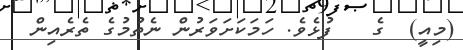
(މިއީ)  ގެ   ފުޅެވެ. ހަމަކަށަވަރުން ނެތުމުގެ ތެރެއިން